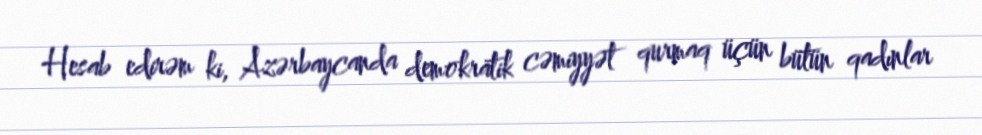
Hesab edirəm ki, Azərbaycanda demokratik cəmiyyət qurmaq üçün bütün qadınlar